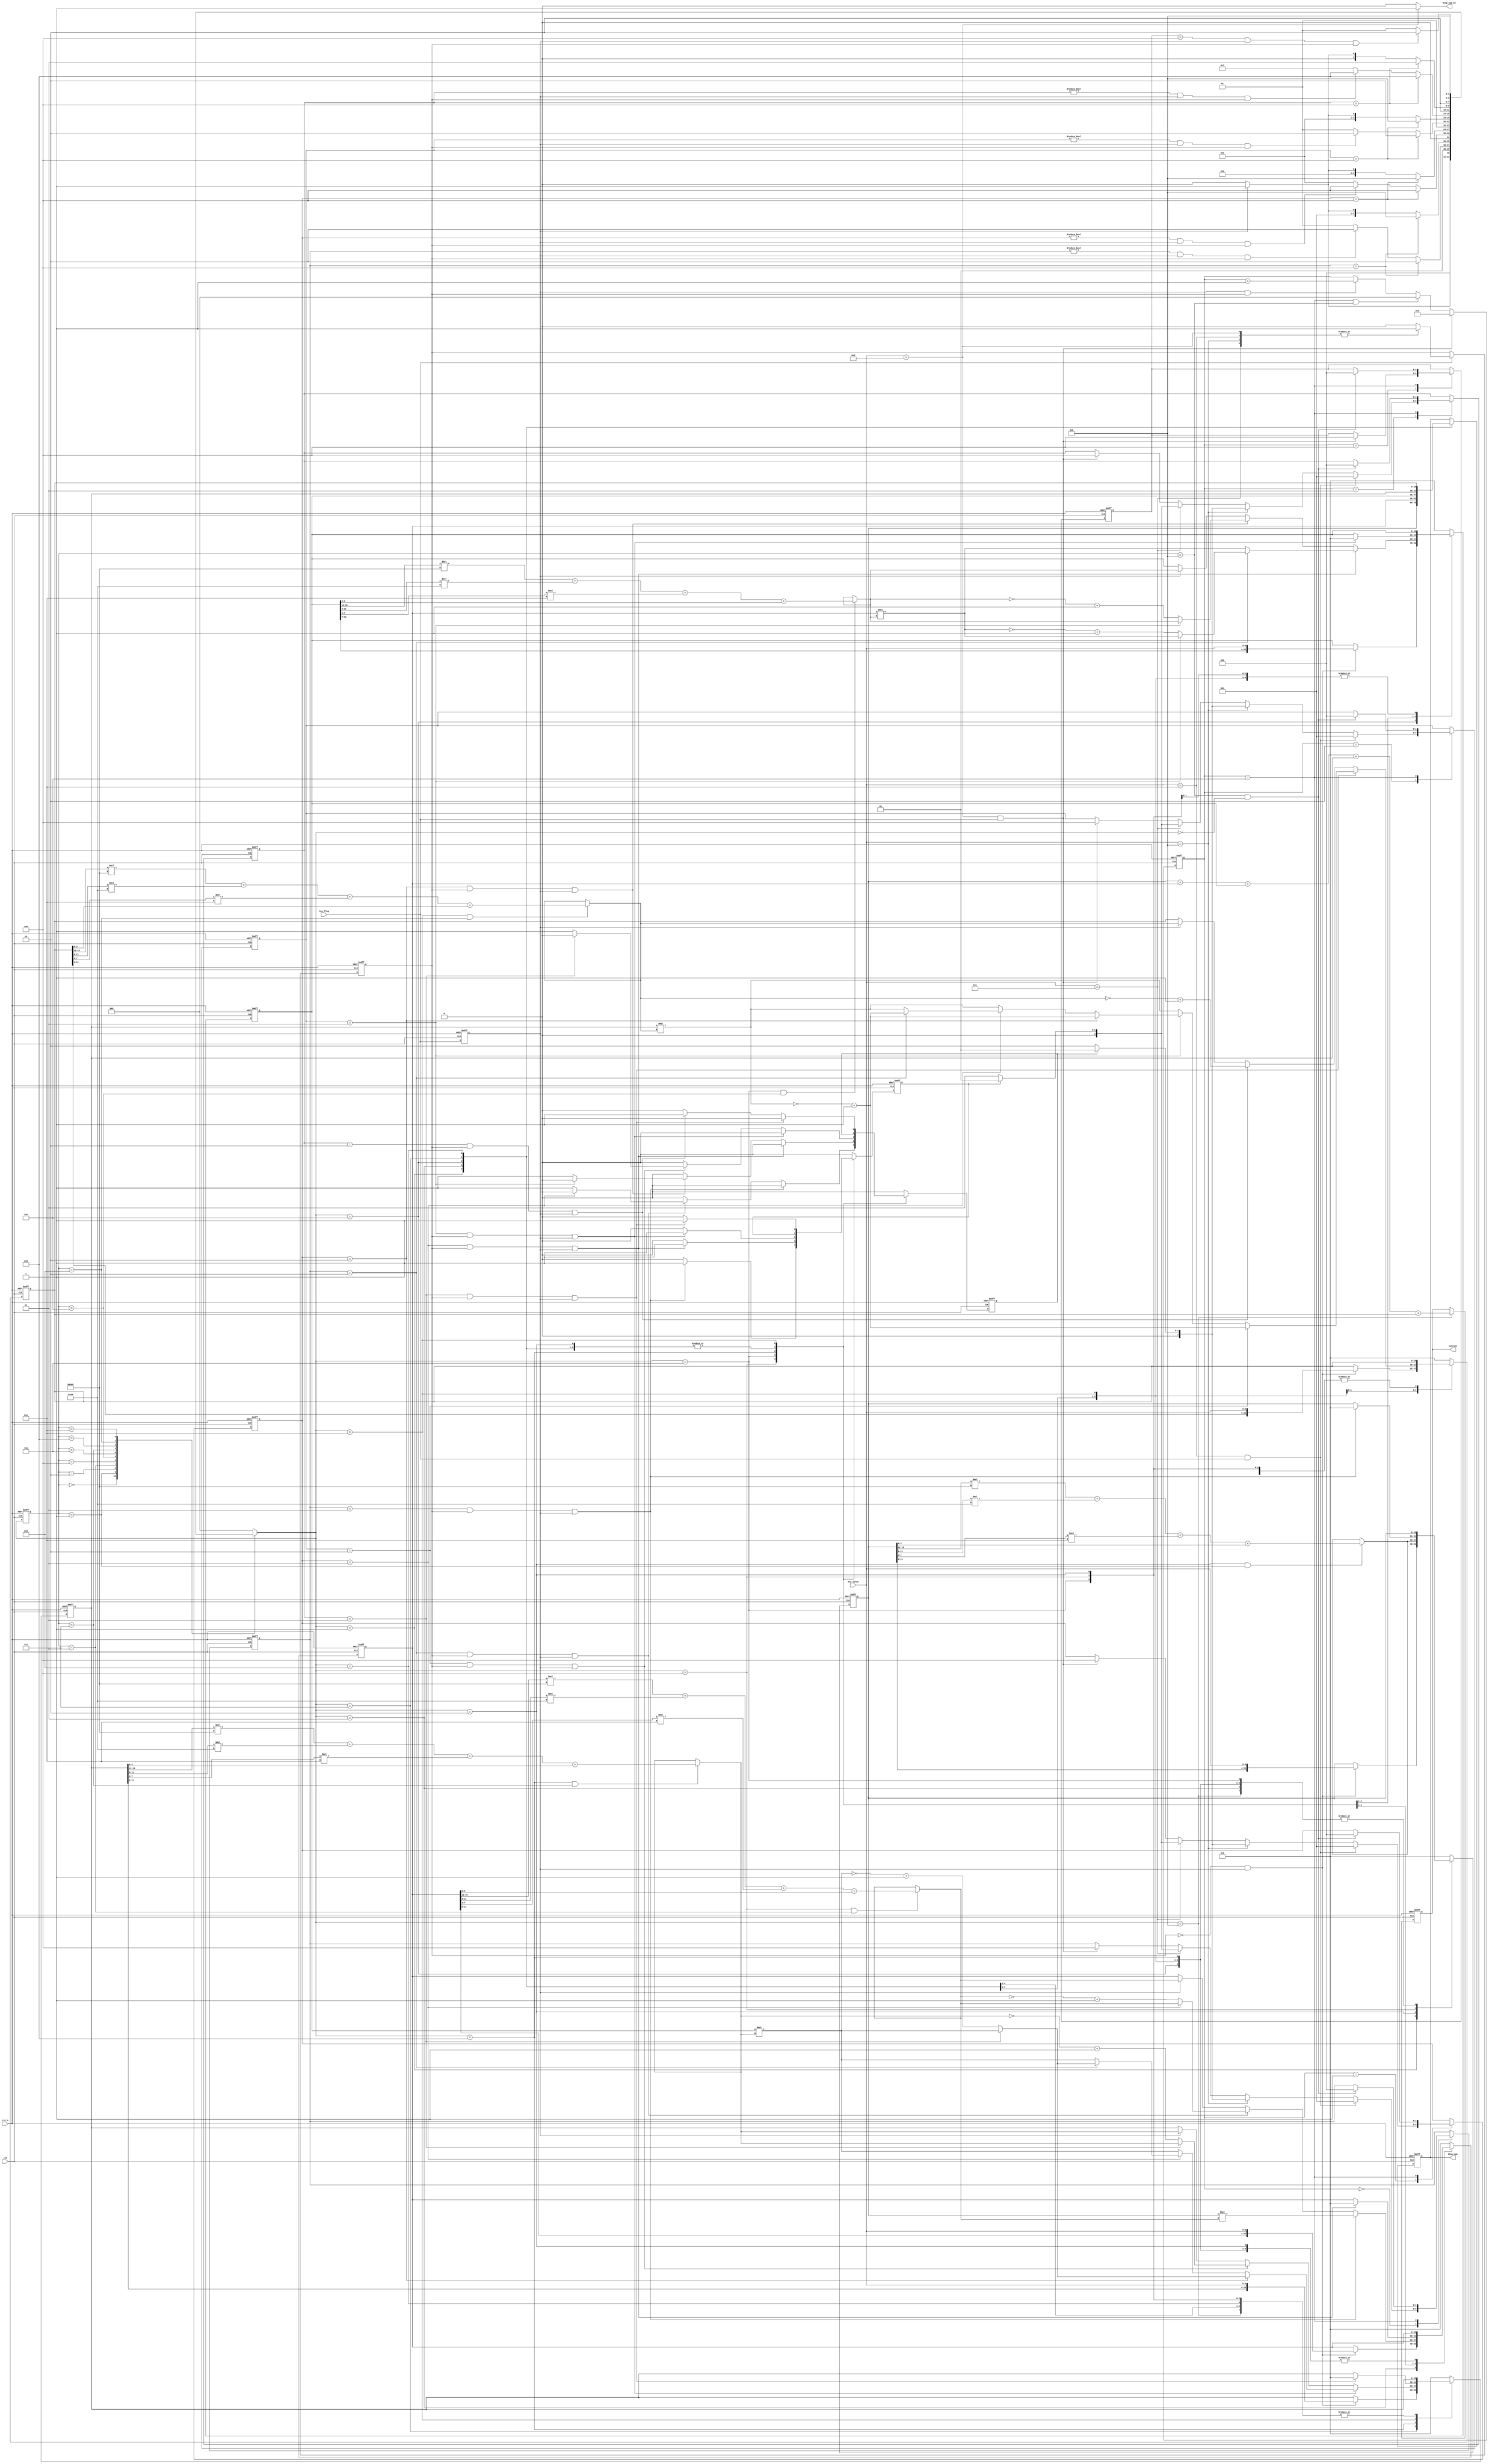
`timescale      1ns/1ps
// *********************************************************************************
// Project Name :       
// Blogs        : http://www.cnblogs.com/ninghechuan/
// Module Name  :
// Called By    :
// Abstract     :
//
// CopyRight(c) 2018, NingHeChuan Studio.. 
// All Rights Reserved
//
// *********************************************************************************
// Modification History:
// Date         By              Version                 Change Description
// -----------------------------------------------------------------------
// 2018/7/30    NingHeChuan       1.0                     Original
//  
// *********************************************************************************

module Simple_Caculator(
    input                   clk,
    input                   rst_n,
    input                   key_flag,
    input           [3:0]   key_value,
    output          [15:0]  outcome, 
    output    reg   [15:0]  disp_num,
    output                  disp_sum_en
);

//-------------------------------------------------------
parameter       NUM_IDLE    =   4'd0;
parameter       NUM_ONE     =   4'd1;
parameter       NUM_CAL1    =   4'd2;
parameter       NUM_TWO     =   4'd3;
parameter       NUM_CAL2    =   4'd4;
parameter       NUM_THREE   =   4'd5;
parameter       NUM_CAL3    =   4'd6;
parameter       NUM_FOUR    =   4'd7;
parameter       NUM_CAL4    =   4'd8;
parameter       NUM_FIVE    =   4'd9;
parameter       NUM_CAL5    =   4'd10;
parameter       NUM_SUM     =   4'd11;
//
parameter       SIGN_ADD    =   4'd1;
parameter       SIGN_SUB    =   4'd2;
parameter       SIGN_MUL    =   4'd3;
parameter       SIGN_SUM    =   4'd4;

//
reg     [3:0]   pre_state;
reg     [3:0]   next_state;
//
reg     [15:0]  num_one;
reg     [15:0]  num_two;
reg     [15:0]  num_three;
reg     [15:0]  num_four;
reg     [15:0]  num_five;
reg     [15:0]  num_sum;
reg     [2:0]   sign_one;
reg     [2:0]   sign_two;
reg     [2:0]   sign_three;
reg     [2:0]   sign_four;
reg     [2:0]   sign_five;

reg             sign_flag;
reg             mul_end;
reg             sub_end;
//
wire     [15:0]  num_one_r;
wire     [15:0]  num_two_r;
wire     [15:0]  num_three_r;
wire     [15:0]  num_four_r;
wire     [15:0]  num_five_r;
//
reg            key_flag_r;
//
reg      [3:0]      cnt;

assign  disp_sum_en = (key_value == 4'hd)? 1'b1: 1'b0;

always  @(posedge clk or negedge rst_n)begin
    if(rst_n == 1'b0)
        disp_num <= 16'd0;
    else begin
        case(next_state)
        NUM_ONE:    disp_num <=   num_one;
        NUM_TWO:    disp_num <=   num_two;
        NUM_THREE:  disp_num <= num_three;
        NUM_FOUR:   disp_num <=  num_four;
        NUM_FIVE:   disp_num <=  num_five;
        default:    disp_num <=  disp_num;
        endcase
    end  
end      
         
always  @(posedge clk or negedge rst_n)begin
    if(rst_n == 1'b0)
        cnt <= 4'd0;
    else if(key_value == 4'hd && key_flag)
        cnt <= 4'd4;
    else if(cnt == 4'd5 && pre_state == NUM_SUM)
        cnt <= 4'd0;
    else if(key_flag_r == 1'b1 && sign_flag == 1'b1)
        cnt <= cnt + 1'b1;
    else 
        cnt <= cnt;
end

always  @(posedge clk or negedge rst_n)begin
    if(rst_n == 1'b0)begin
      sign_one  <= 3'b0; 
      sign_two  <= 3'b0;
      sign_three<= 3'b0;
      sign_four <= 3'b0;
      sign_five <= 3'b0;
    end
    else begin 
        case(cnt)
        4'd0:begin
            if(key_value == 4'ha && key_flag)
                sign_one  <= SIGN_ADD;
            else if(key_value == 4'hb)begin
                if(sub_end == 1'b1)
                    sign_one <= 3'd0;
                else 
                    sign_one <= SIGN_SUB;
            end
            else if(key_value == 4'hc)begin
                if(mul_end == 1'b1)
                    sign_one <= 3'd0;
                else 
                    sign_one <= SIGN_MUL;
            end
            else if(key_value == 4'hd && key_flag)
                sign_one <= SIGN_SUM;
            else 
                sign_one <= sign_one;
        end
        4'd1:begin
            if(key_value == 4'ha && key_flag)
                sign_two  <= SIGN_ADD;
            else if(key_value == 4'hb)begin
                if(sub_end == 1'b1)
                    sign_two <= 3'd0;
                else 
                    sign_two <= SIGN_SUB;
            end
            else if(key_value == 4'hc)begin
                if(mul_end == 1'b1)
                    sign_two <= 3'd0;
                else 
                    sign_two <= SIGN_MUL;
            end
            else if(key_value == 4'hd && key_flag)
                sign_two <= SIGN_SUM;
            else 
                sign_two <= sign_two;
        end
        4'd2:begin
            if(key_value == 4'ha && key_flag)
                sign_three  <= SIGN_ADD;
            else if(key_value == 4'hb)begin
                if(sub_end == 1'b1)
                    sign_three <= 3'd0;
                else 
                    sign_three <= SIGN_SUB;
            end
            else if(key_value == 4'hc)begin
                if(mul_end == 1'b1)
                    sign_three <= 3'd0;
                else 
                    sign_three <= SIGN_MUL;
            end
            else if(key_value == 4'hd && key_flag)
                sign_three <= SIGN_SUM;
            else 
                sign_three <= sign_three;
        end
        4'd3:begin
            if(key_value == 4'ha && key_flag)
                sign_four  <= SIGN_ADD;
            else if(key_value == 4'hb)begin
                if(sub_end == 1'b1)
                    sign_four <= 3'd0;
                else 
                    sign_four <= SIGN_SUB;
            end
            else if(key_value == 4'hc)begin
                if(mul_end == 1'b1)
                    sign_four <= 3'd0;
                else 
                    sign_four <= SIGN_MUL;
            end
            else if(key_value == 4'hd && key_flag)
                sign_four <= SIGN_SUM;
            else 
                sign_four <= sign_four;
        end
        4'd4:begin 
            if(key_value == 4'hd && key_flag)
                sign_five <= SIGN_SUM;
            else 
                sign_five <= sign_five;
        end
        4'd5:begin
            if(pre_state == NUM_SUM && next_state == NUM_IDLE)begin
                sign_one  <= 3'b0;
                sign_two  <= 3'b0;
                sign_three<= 3'b0;
                sign_four <= 3'b0;
                sign_five <= 3'b0;
            end
            else begin
                sign_one  <= sign_one  ;
                sign_two  <= sign_two  ;
                sign_three<= sign_three;
                sign_four <= sign_four ;
                sign_five <= sign_five ;
            end
                
        end
        default: begin
            sign_one  <= sign_one  ; 
            sign_two  <= sign_two  ;
            sign_three<= sign_three;
            sign_four <= sign_four ;
            sign_five <= sign_five ;
        end
    endcase
end
end

//-------------------------------------------------------
//key_flag delay x clk
always  @(posedge clk or negedge rst_n)begin
    if(rst_n == 1'b0)
        key_flag_r <= 1'b0;
    else
        key_flag_r <=  key_flag;
end

always  @(posedge clk or negedge rst_n)begin
    if(rst_n == 1'b0)
        sign_flag   <= 1'b0;
    else if(key_flag)begin
        case(key_value)
        4'ha: sign_flag   <= 1'b1; 
        4'hb: sign_flag   <= 1'b1; 
        4'hc: sign_flag   <= 1'b1; 
        4'hd: sign_flag   <= 1'b1; 
        default: sign_flag   <= 1'b0;
        endcase
    end
    else 
        sign_flag   <= sign_flag;
end

//-------------------------------------------------------
//FSM step1
always  @(posedge clk or negedge rst_n)begin
    if(rst_n == 1'b0)
        pre_state <= NUM_IDLE;
    else
        pre_state <= next_state;
end

//FSM step2
always  @(*)begin
    next_state = NUM_IDLE;
    case(pre_state)
    NUM_IDLE:
        if(key_flag_r == 1'b1)
            next_state = NUM_ONE;
        else 
            next_state = NUM_IDLE;
    NUM_ONE:
        if(sign_one == SIGN_SUM)
            next_state = NUM_CAL1;
        else if(sign_one != 3'd0 && key_flag_r == 1'b1 && sign_flag == 1'b1)
            next_state = NUM_CAL1;
        else 
            next_state = NUM_ONE;
    NUM_CAL1:begin
        if(sign_one == SIGN_SUM)
            next_state = NUM_SUM;
        else if(key_flag_r == 1'b1)
            next_state = NUM_TWO;
        else 
            next_state = NUM_CAL1;
    end
    NUM_TWO:
        if(sign_two == SIGN_SUM)
            next_state = NUM_CAL2;
        else if(sign_two != 3'd0 && key_flag_r == 1'b1 && sign_flag == 1'b1)
            next_state = NUM_CAL2;
        else 
            next_state = NUM_TWO;
    NUM_CAL2:begin
        if(sign_two == SIGN_SUM)
            next_state = NUM_SUM;
        else if(key_flag_r == 1'b1)
            next_state = NUM_THREE;
        else 
            next_state = NUM_CAL2;
    end
    NUM_THREE:
        if(sign_three == SIGN_SUM)
            next_state = NUM_CAL3;
        else if(sign_three != 3'd0 && key_flag_r == 1'b1 && sign_flag == 1'b1)
            next_state = NUM_CAL3;
        else 
            next_state = NUM_THREE;
    NUM_CAL3:begin
        if(sign_three == SIGN_SUM)
            next_state = NUM_SUM;
        else if(key_flag_r == 1'b1)
            next_state = NUM_FOUR;
        else 
            next_state = NUM_CAL3;
    end
    NUM_FOUR:
        if(sign_four == SIGN_SUM)
            next_state = NUM_CAL4;
        else if(sign_four != 3'd0 && key_flag_r == 1'b1 && sign_flag == 1'b1)
            next_state = NUM_CAL4;
        else 
            next_state = NUM_FOUR;
    NUM_CAL4:begin
        if(sign_four == SIGN_SUM)
            next_state = NUM_SUM;
        else if(key_flag_r == 1'b1)
            next_state = NUM_FIVE;
        else 
            next_state = NUM_CAL4;
    end
    NUM_FIVE:
        if(sign_five == SIGN_SUM && key_flag_r == 1'b1 && sign_flag == 1'b1)
            next_state = NUM_CAL5;
        else 
            next_state = NUM_FIVE;
    NUM_CAL5:begin
            next_state = NUM_SUM;
    end
    NUM_SUM: next_state = NUM_IDLE;
    default: next_state = NUM_IDLE;
    endcase
end

//FSM step3
always  @(posedge clk or negedge rst_n)begin
    if(rst_n == 1'b0)begin
        num_one     <= 16'd0;
        num_two     <= 16'd0;
        num_three   <= 16'd0;
        num_four    <= 16'd0;
        num_five    <= 16'd0;
        num_sum     <= 16'd0;
        mul_end     <= 1'b0;
        sub_end     <= 1'b0;
    end
    else begin
        case(next_state)
        NUM_ONE:begin
            if(sign_flag == 1'b0 && key_flag_r == 1'b1)
                num_one <= {num_one[11:0], key_value};
            else 
                num_one <= num_one;
        end
        NUM_CAL1:begin
            num_one <= num_one_r;
        end
        NUM_TWO:begin
            if(sign_flag == 1'b0 && key_flag_r == 1'b1)
                num_two <= {num_two[11:0], key_value};
            else 
                num_two <= num_two;
        end 
         NUM_CAL2:begin 
            mul_end <= 1'b0;
            sub_end <= 1'b0;
            if(sign_one == SIGN_MUL && sign_flag == 1'b1 && key_flag_r == 1'b1)begin
                num_two <= num_one * num_two_r;
                num_one <= 16'd0;
                mul_end <= 1'b1;
            end 
            else if(sign_one == SIGN_SUB && sign_flag == 1'b1 && key_flag_r == 1'b1)begin
                if(sign_two == SIGN_MUL)
                    num_two <= num_two_r;
                else begin
                    num_two <= ~num_two_r + 1'b1;
                    sub_end <= 1'b1;
                end
            end
            else if(key_flag_r == 1'b1)
                num_two <= num_two_r;
            else 
                num_two <= num_two;
        end
        
        NUM_THREE:begin
            if(sign_flag == 1'b0 && key_flag_r == 1'b1)
                num_three <= {num_three[11:0], key_value};
            else 
                num_three <= num_three;
        end
        NUM_CAL3: begin
            sub_end <= 1'b0;
            mul_end     <= 1'b0;
            if(sign_two == SIGN_MUL && sign_flag == 1'b1 && key_flag_r == 1'b1)begin
                if(sign_one == SIGN_SUB)begin
                    if(sign_three == SIGN_MUL)begin
                        num_three <= num_two * num_three_r;
                        num_two <= 16'd0;
                        mul_end <= 1'b1;
                    end
                    else begin
                        num_three <= ~(num_two * num_three_r) + 1'b1;
                        num_two <= 16'd0;
                        mul_end <= 1'b1;
                    end
                end
                else begin
                    num_three <= num_two * num_three_r;
                    num_two <= 16'd0;
                    mul_end <= 1'b1;
                end
            end
            else if(sign_two == SIGN_SUB  && sign_flag == 1'b1 && key_flag_r == 1'b1)begin
                if(sign_three == SIGN_MUL)
                    num_three <= num_three_r;
                else begin
                    num_three <= ~num_three_r + 1'b1;
                    sub_end <= 1'b1;
                end
            end
            else if(key_flag_r == 1'b1)
                num_three <= num_three_r;
            else 
                num_three <= num_three;
        end
        NUM_FOUR:begin
            if(sign_flag == 1'b0 && key_flag_r == 1'b1)
                num_four <= {num_four[11:0], key_value};
            else 
                num_four <= num_four;
        end
        NUM_CAL4: begin
            sub_end <= 1'b0;
            mul_end <= 1'b0;
            if(sign_three == SIGN_MUL && sign_flag == 1'b1 && key_flag_r == 1'b1)begin
                if(sign_two == SIGN_SUB)begin
                    if(sign_four == SIGN_MUL)begin
                        num_four <= num_three * num_four_r;
                        num_three <= 16'd0;
                        mul_end     <= 1'b1;
                    end
                    else begin
                        num_four <= ~(num_three * num_four_r) + 1'b1;
                        num_three <= 16'd0;
                        mul_end  <= 1'b1;
                    end
                end
                else if(sign_two == SIGN_MUL)begin
                    if(sign_one == SIGN_SUB)begin
                        if(sign_four == SIGN_MUL)begin
                            num_four <= num_three * num_four_r;
                            num_three <= 16'd0;
                            mul_end     <= 1'b1;
                        end
                        else begin
                            num_four <= ~(num_three * num_four_r) + 1'b1;
                            num_three <= 16'd0;
                            mul_end  <= 1'b1;
                        end
                    end
                    else begin
                        num_four <= num_three * num_four_r;
                        num_three <= 16'd0;
                        mul_end     <= 1'b1;
                    end    
                end
                else begin
                    num_four <= num_three * num_four_r;
                    num_three <= 16'd0;
                    mul_end     <= 1'b1;
                end
            end
            else if(sign_three == SIGN_SUB && sign_flag == 1'b1 && key_flag_r == 1'b1)begin
                if(sign_four == SIGN_MUL)
                    num_four <= num_four_r;
                else begin
                    num_four <= ~num_four_r + 1'b1;
                    sub_end <= 1'b1;
                end
            end
            else if(key_flag_r == 1'b1)
                num_four <= num_four_r;
            else 
                num_four <= num_four;
        end     
        NUM_FIVE:begin
            if(sign_flag == 1'b0 && key_flag_r == 1'b1)
                num_five <= {num_five[11:0], key_value};
            else 
                num_five <= num_five;
        end
        NUM_CAL5: begin
            sub_end <= 1'b0;
            mul_end <= 1'b0;
            if(sign_four == SIGN_MUL && sign_flag == 1'b1 && key_flag_r == 1'b1)begin
                if(sign_three == SIGN_SUB)begin
                    num_five <= ~(num_four * num_five_r) + 1'b1;
                    num_four <= 16'd0;
                    mul_end     <= 1'b1;
                end
                else if(sign_three == SIGN_MUL)begin
                    if(sign_two == SIGN_SUB)begin
                        num_five <= ~(num_four * num_five_r) + 1'b1;
                        num_four <= 16'd0;
                        mul_end     <= 1'b1;
                    end
                    else if(sign_two == SIGN_MUL)begin
                        if(sign_one == SIGN_SUB)begin
                            num_five <= ~(num_four * num_five_r) + 1'b1;
                            num_four <= 16'd0;
                            mul_end     <= 1'b1;
                        end    
                        else begin
                            num_five <= num_four * num_five_r;
                            num_four <= 16'd0;
                            mul_end     <= 1'b1;
                        end  
                    end
                    else begin
                        num_five <= num_four * num_five_r;
                        num_four <= 16'd0;
                        mul_end     <= 1'b1;
                    end
                end
                else begin
                    num_five <= num_four * num_five_r;
                    num_four <= 16'd0;
                    mul_end     <= 1'b1;
                end
            end
            else if(sign_four == SIGN_SUB && sign_flag == 1'b1 && key_flag_r == 1'b1)begin
                num_five <= ~num_five_r + 1'b1;
                sub_end <= 1'b1;
            end
            else if(key_flag_r == 1'b1)
                num_five <= num_five_r;
            else 
                num_five <= num_five;
        end
        NUM_SUM:begin
            sub_end <= 1'b0;
            mul_end     <= 1'b0;
            num_sum <= num_one + num_two + num_three + num_four + num_five;
        end
        default:begin
            num_one     <= 'd0;
            num_two     <= 'd0;
            num_three   <= 'd0;
            num_four    <= 'd0;
            num_five    <= 'd0;
            num_sum     <= num_sum;
            mul_end     <= 1'b0;
            sub_end     <= 1'b0;
        end
        endcase
    end

end

assign  num_one_r  =   (next_state == NUM_CAL1 && pre_state == NUM_ONE)? (num_one[15:12] * 1000 + num_one[11:8] * 100 + num_one[7:4] * 10 + num_one[3:0]) : num_one_r;
assign  num_two_r  =   (next_state == NUM_CAL2 && pre_state == NUM_TWO)? (num_two[15:12] * 1000 + num_two[11:8] * 100 + num_two[7:4] * 10 + num_two[3:0]) : num_two_r;
assign  num_three_r  =   (next_state == NUM_CAL3 && pre_state == NUM_THREE)? (num_three[15:12] * 1000 + num_three[11:8] * 100 + num_three[7:4] * 10 + num_three[3:0]) : num_three_r;
assign  num_four_r  =   (next_state == NUM_CAL4 && pre_state == NUM_FOUR)? (num_four[15:12] * 1000 + num_four[11:8] * 100 + num_four[7:4] * 10 + num_four[3:0]) : num_four_r;
assign  num_five_r  =   (next_state == NUM_CAL5 && pre_state == NUM_FIVE)? (num_five[15:12] * 1000 + num_five[11:8] * 100 + num_five[7:4] * 10 + num_five[3:0]) : num_five_r;

//-------------------------------------------------------
assign  outcome = num_sum;



endmodule